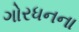
ગોરધનના